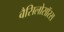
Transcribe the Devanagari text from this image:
बैसिलोसॉरस